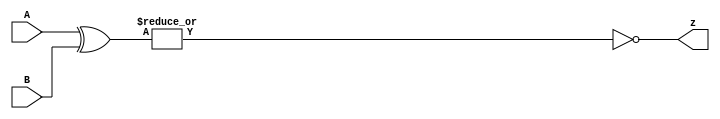
module top_module ( input [1:0] A, input [1:0] B, output z ); 

    assign z = ~(|(A^B));
    // assign z = (A==B); // it can also work.

endmodule